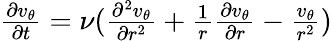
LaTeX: \begin{array}{r}{\frac{\partial v_{\theta}}{\partial t}=\nu(\frac{\partial^{2}v_{\theta}}{\partial r^{2}}+\frac{1}{r}\frac{\partial v_{\theta}}{\partial r}-\frac{v_{\theta}}{r^{2}})}\end{array}